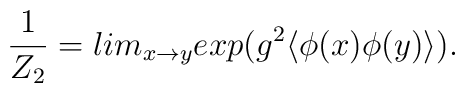
\frac{1}{Z_2}=lim_{x \rightarrow y}exp(g^2 \langle \phi (x) \phi(y)\rangle).